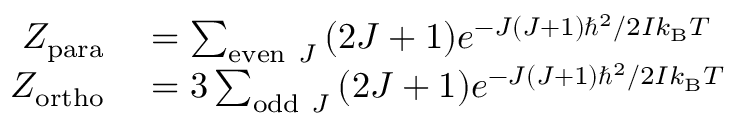
\begin{array} { r l } { Z _ { \mathrm { p a r a } } } & { { } = \sum _ { { \mathrm { e v e n ~ } } J } { ( 2 J + 1 ) e ^ { { - J ( J + 1 ) \hbar ^ { 2 } } / { 2 I k _ { \mathrm { B } } T } \; } } } \\ { Z _ { \mathrm { o r t h o } } } & { { } = 3 \sum _ { { \mathrm { o d d ~ } } J } { ( 2 J + 1 ) e ^ { { - J ( J + 1 ) \hbar ^ { 2 } } / { 2 I k _ { \mathrm { B } } T } \; } } } \end{array}